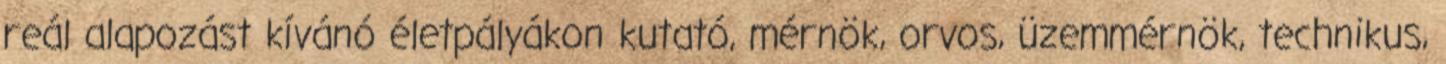
reál alapozást kívánó életpályákon kutató, mérnök, orvos, üzemmérnök, technikus,